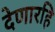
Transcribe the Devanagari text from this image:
देणारहि